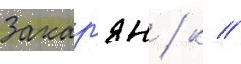
Закар'ян / к //